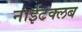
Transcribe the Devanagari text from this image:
नाईटक्लब